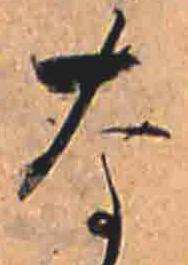
な